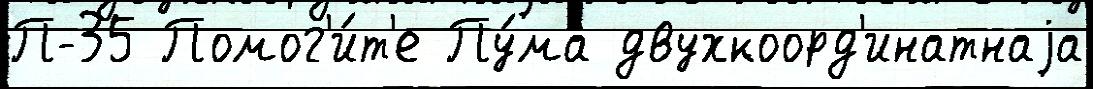
П-35 Помог'и́т'е Пу́ма двухкоорд'инатнаjа